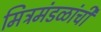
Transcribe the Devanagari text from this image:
मित्रमंडळांची